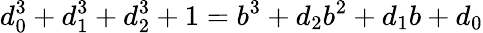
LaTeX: d_{0}^{3}+d_{1}^{3}+d_{2}^{3}+1=b^{3}+d_{2}b^{2}+d_{1}b+d_{0}